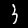
Digit: 3